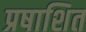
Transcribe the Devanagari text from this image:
प्रषाशित